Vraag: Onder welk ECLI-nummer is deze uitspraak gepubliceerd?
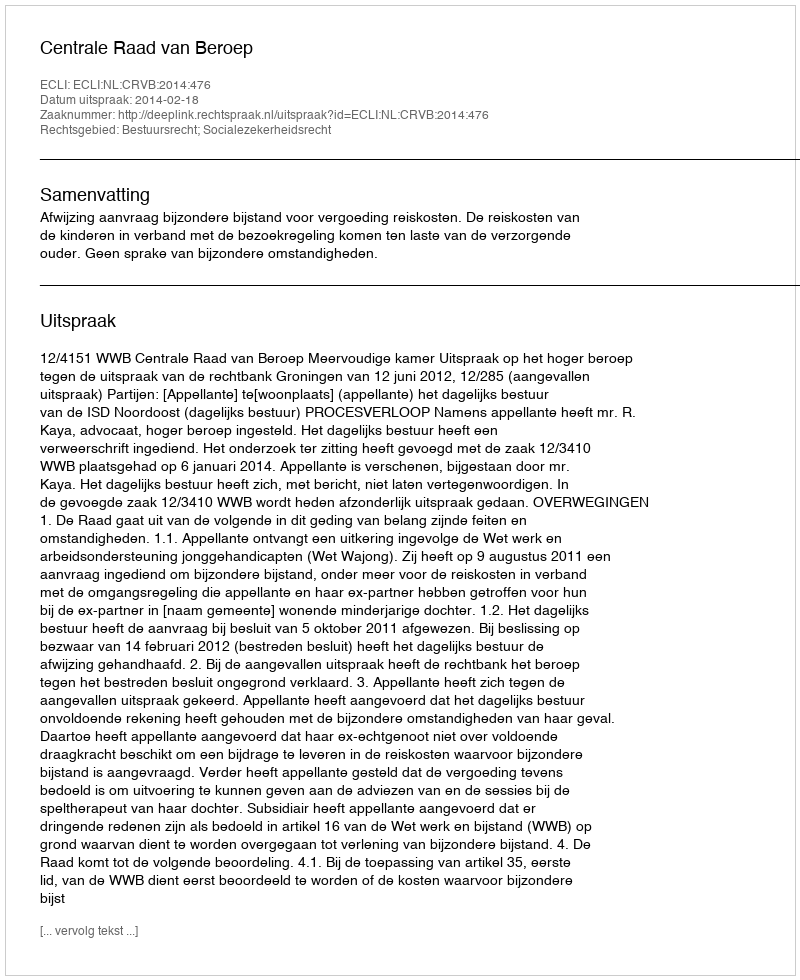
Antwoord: ECLI:NL:CRVB:2014:476